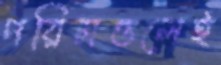
পরিমণ্ডলেই